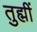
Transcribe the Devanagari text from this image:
तुह्मीं